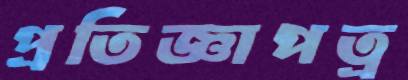
প্রতিজ্ঞাপত্র